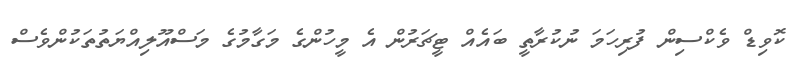
ކޮވިޑް ވެކްސިން ފުރިހަމަ ނުކުރާާތީ ބައެއް ޓީޗަރުން އެ މީހުންގެ މަގާމުގެ މަސްއޫލިއްޔަތުތަކުންވެސް